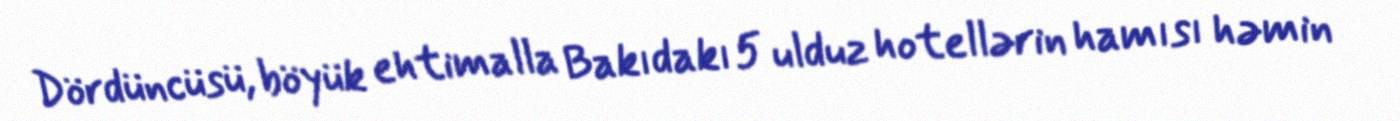
Dördüncüsü, böyük ehtimalla Bakıdakı 5 ulduz hotellərin hamısı həmin